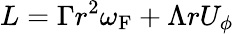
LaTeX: L=\Gamma r^{2}\omega_{\mathrm{{F}}}+\Lambda rU_{\phi}